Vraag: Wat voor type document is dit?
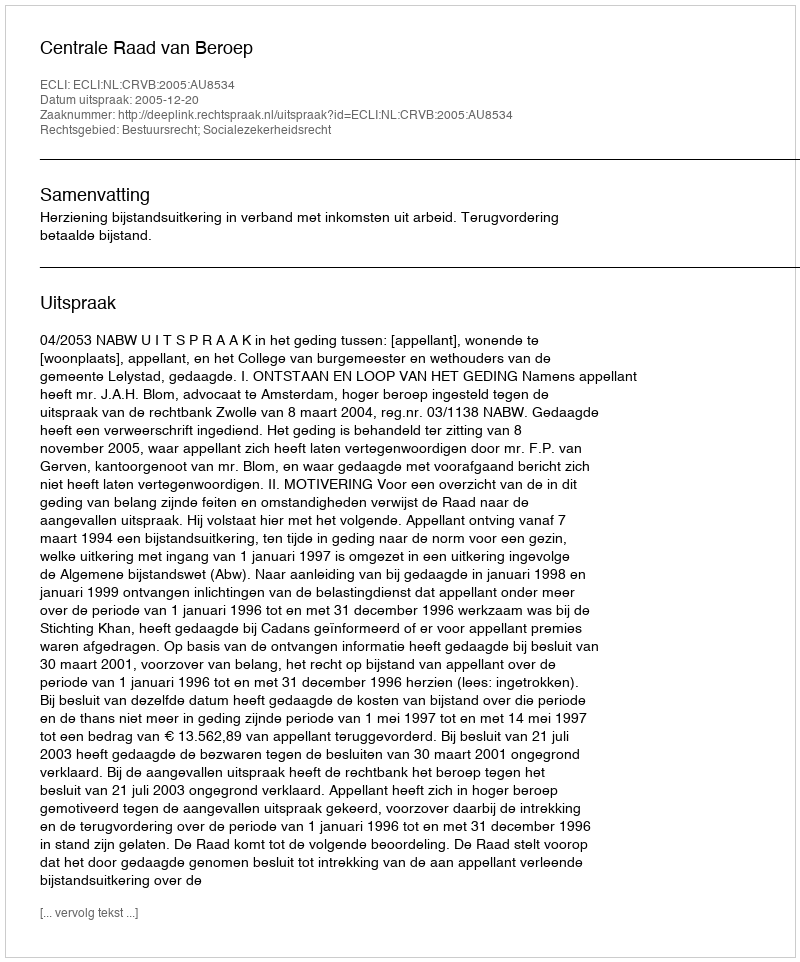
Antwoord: Uitspraak